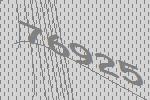
76925